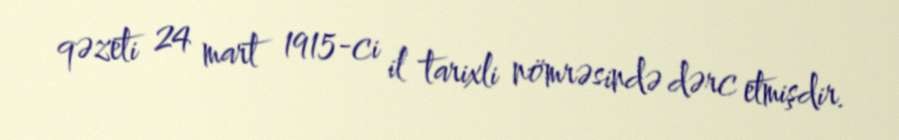
qəzeti 24 mart 1915-ci il tarixli nömrəsində dərc etmişdir.